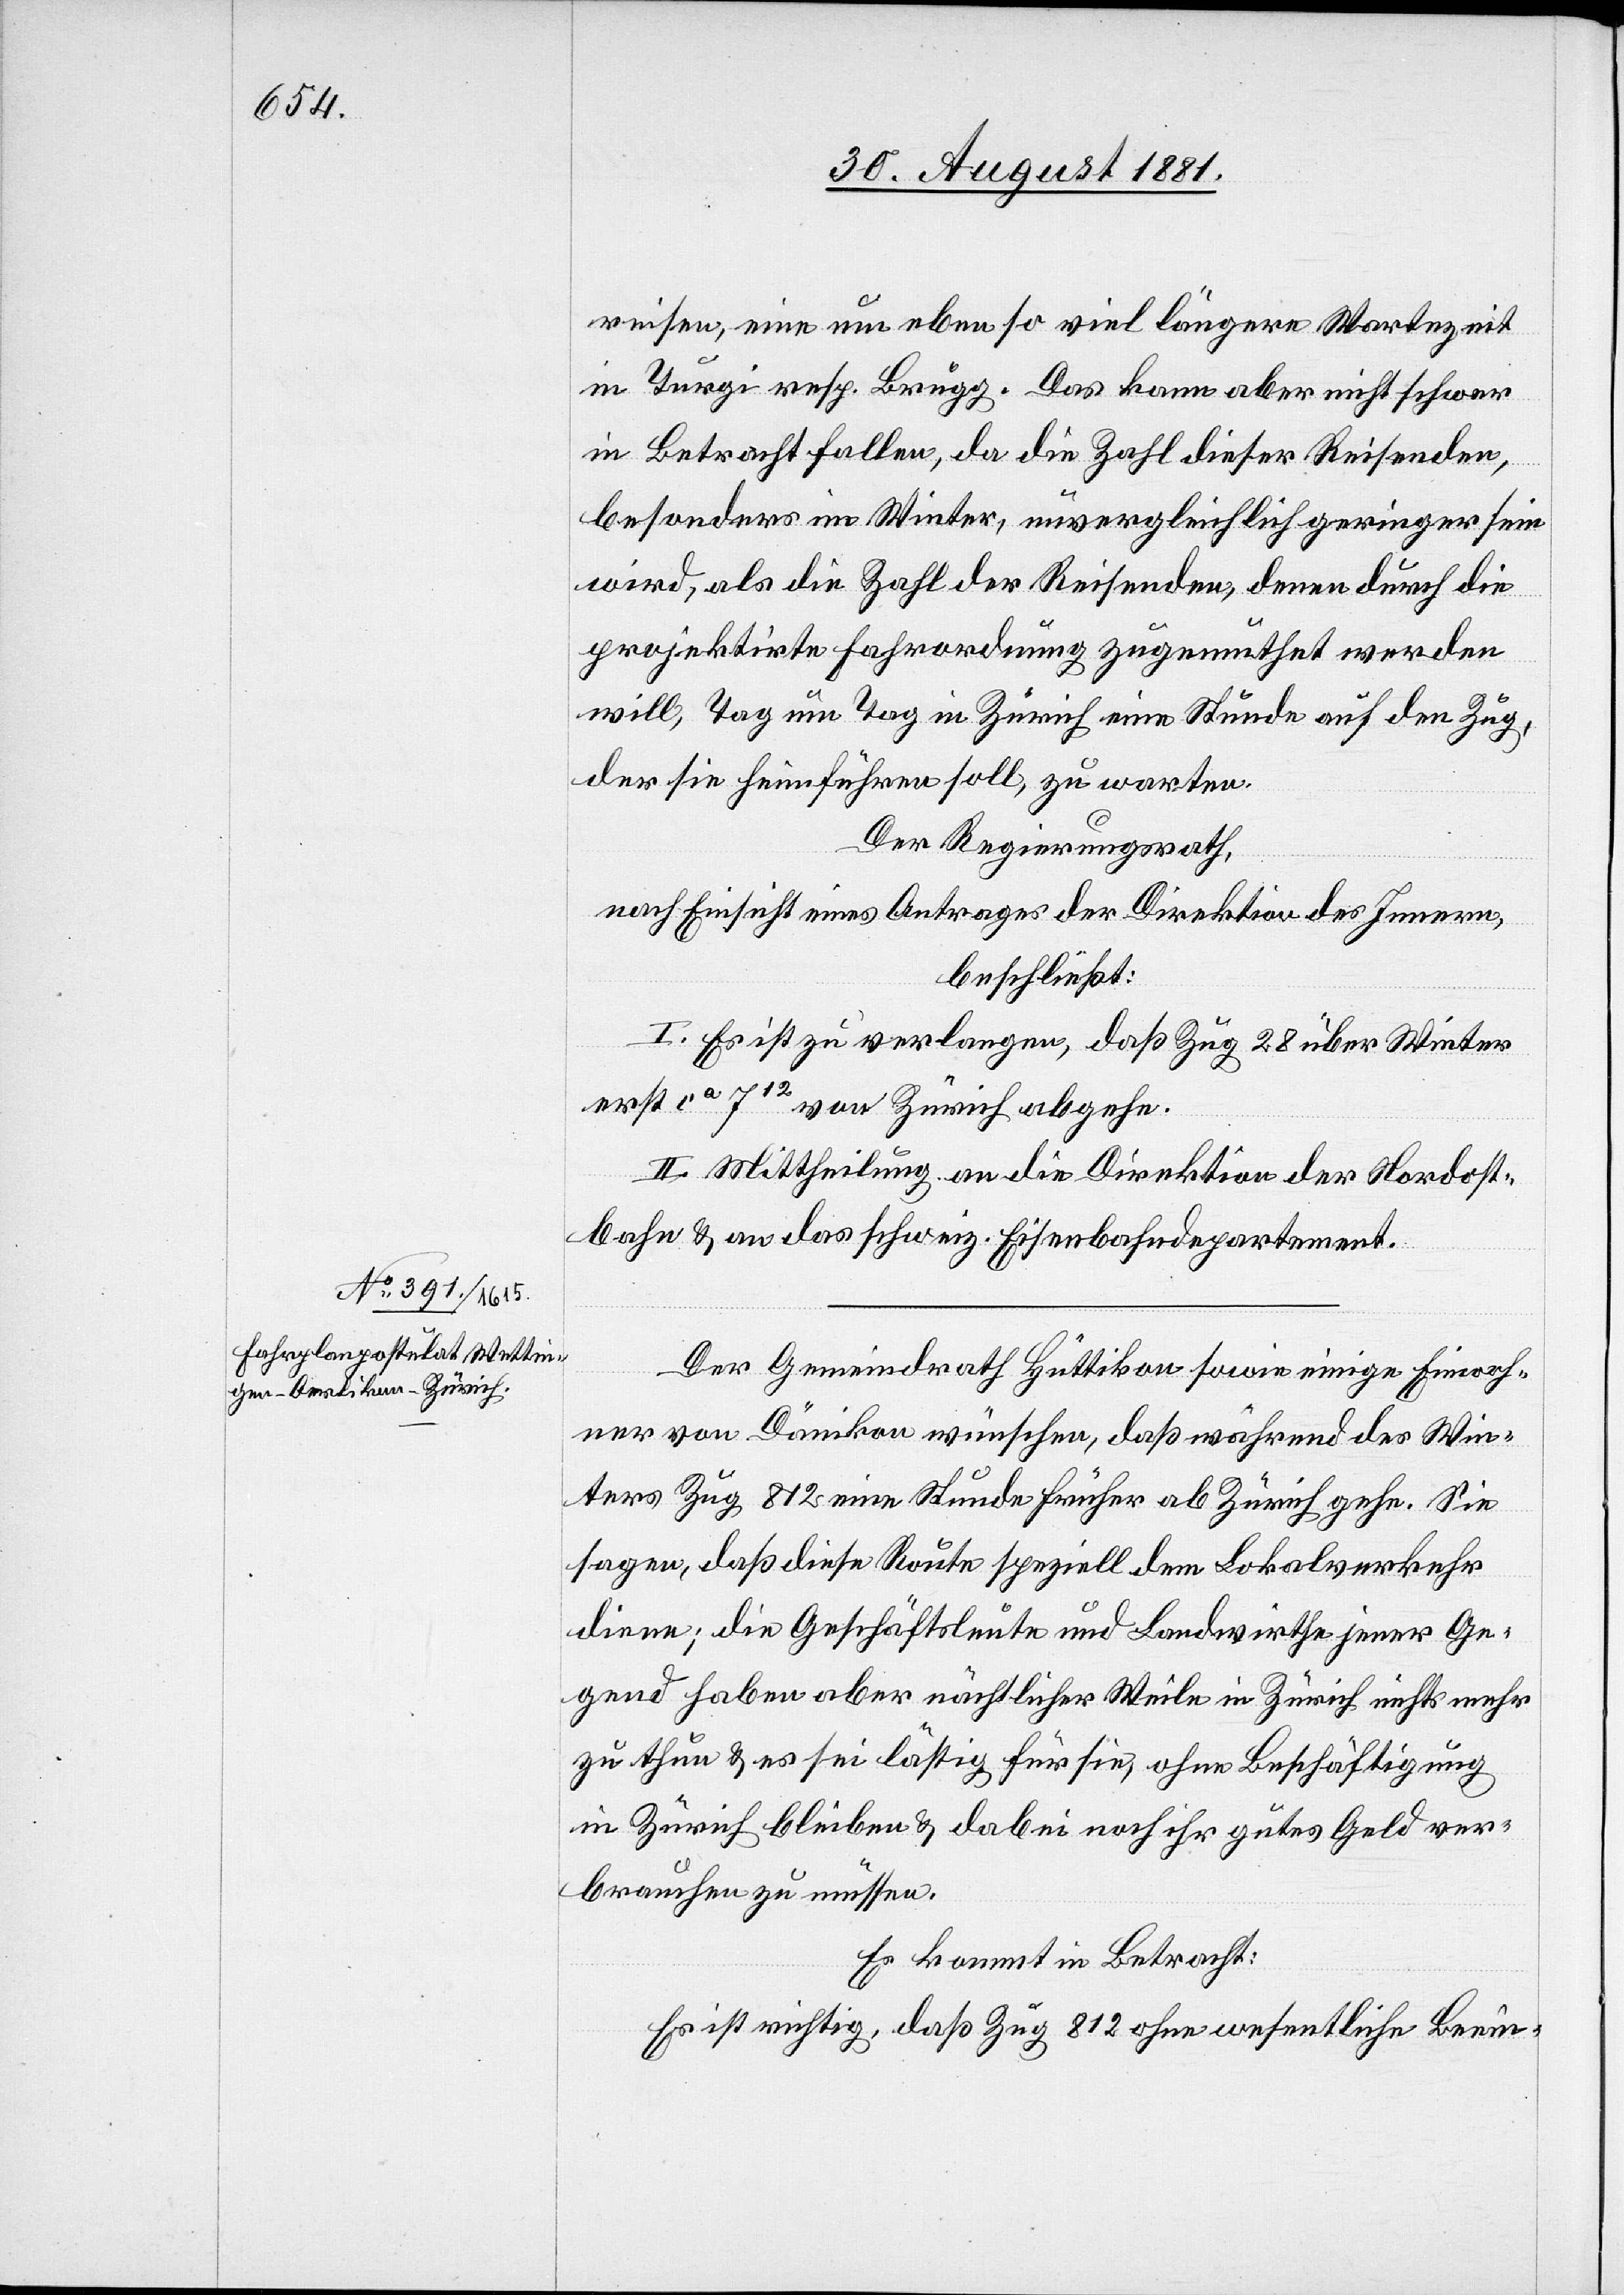
weisen, eine um ebenso viel längere Wartezeit
in Turgi resp. Brugg. Das kann aber nicht scher
in Betracht fallen, da die Zahl dieser Reisenden,
besonders im Winter, unvergleichlich geringer sein
wird, als die Zahl der Reisenden, denen durch die
projektirte Fahrordnung zugemuthet werden
will, Tag um Tag in Zürich eine Stunde auf den Zug,
der sie heimführen soll, zu warten.
Der Regierungsrath,
nach Einsicht eines Antrages der Direktion des Innern,
beschließt:
I. Es ist zu verlangen, daß Zug 28 über Winter
erst ca 712 von Zürich abgehe.
II. Mittheilung an die Direktion der Nordost¬
bahn & an das schweiz. Eisenbahndepartement.
Der Gemeindrath Hüttikon sowie einige Einwoh¬
ner von Dänikon wünschen, daß während des Win¬
ters Zug 812 eine Stunde früher ab Zürich gehe. Sie
sagen, daß diese Route speziell dem Lokalverkehr
diene; die Geschäftsleute und Landwirthe jener Ge¬
gend haben aber nächtlicher Weile in Zürich nichts mehr
zu thun & es sei lästig für sie, ohne Beschäftigung
in Zürich bleiben & dabei noch ihr gutes Geld ver¬
brauchen zu müssen.
Es kommt in Betracht:
Es ist richtig, daß Zug 812 ohne wesentlich Beein-